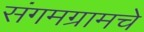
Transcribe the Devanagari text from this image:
संगमग्रामचे